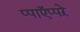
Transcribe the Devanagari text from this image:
प्पाऍप्पऱे